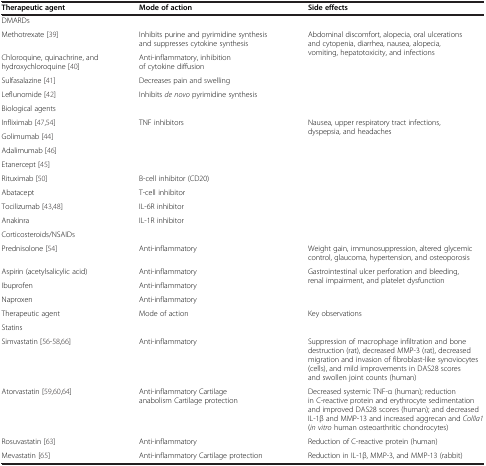
<table><thead><tr><td><b>Therapeutic agent</b></td><td><b>Mode of action</b></td><td><b>Side effects</b></td></tr></thead><tbody><tr><td colspan="3">DMARDs</td></tr><tr><td>Methotrexate [39]</td><td>Inhibits purine and pyrimidine synthesis and suppresses cytokine synthesis</td><td rowspan="4">Abdominal discomfort, alopecia, oral ulcerations and cytopenia, diarrhea, nausea, alopecia, vomiting, hepatotoxicity, and infections</td></tr><tr><td>Chloroquine, quinachrine, and hydroxychloroquine [40]</td><td>Anti-inflammatory, inhibition of cytokine diffusion</td></tr><tr><td>Sulfasalazine [41]</td><td>Decreases pain and swelling</td></tr><tr><td>Leflunomide [42]</td><td>Inhibits <i>de novo</i> pyrimidine synthesis</td></tr><tr><td colspan="3">Biological agents</td></tr><tr><td>Infliximab [47,54]</td><td rowspan="4">TNF inhibitors</td><td rowspan="8">Nausea, upper respiratory tract infections, dyspepsia, and headaches</td></tr><tr><td>Golimumab [44]</td></tr><tr><td>Adalimumab [46]</td></tr><tr><td>Etanercept [45]</td></tr><tr><td>Rituximab [50]</td><td>B-cell inhibitor (CD20)</td></tr><tr><td>Abatacept</td><td>T-cell inhibitor</td></tr><tr><td>Tocilizumab [43,48]</td><td>IL-6R inhibitor</td></tr><tr><td>Anakinra</td><td>IL-1R inhibitor</td></tr><tr><td colspan="3">Corticosteroids/NSAIDs</td></tr><tr><td>Prednisolone [54]</td><td>Anti-inflammatory</td><td>Weight gain, immunosuppression, altered glycemic control, glaucoma, hypertension, and osteoporosis</td></tr><tr><td>Aspirin (acetylsalicylic acid)</td><td>Anti-inflammatory</td><td rowspan="3">Gastrointestinal ulcer perforation and bleeding, renal impairment, and platelet dysfunction</td></tr><tr><td>Ibuprofen</td><td>Anti-inflammatory</td></tr><tr><td>Naproxen</td><td>Anti-inflammatory</td></tr><tr><td>Therapeutic agent</td><td>Mode of action</td><td>Key observations</td></tr><tr><td colspan="3">Statins</td></tr><tr><td>Simvastatin [56-58,66]</td><td>Anti-inflammatory</td><td>Suppression of macrophage infiltration and bone destruction (rat), decreased MMP-3 (rat), decreased migration and invasion of fibroblast-like synoviocytes (cells), and mild improvements in DAS28 scores and swollen joint counts (human)</td></tr><tr><td>Atorvastatin [59,60,64]</td><td>Anti-inflammatory Cartilage anabolism Cartilage protection</td><td>Decreased systemic TNF-α (human); reduction in C-reactive protein and erythrocyte sedimentation and improved DAS28 scores (human); and decreased IL-1β and MMP-13 and increased aggrecan and <i>ColIIa1</i> (<i>in vitro</i> human osteoarthritic chondrocytes)</td></tr><tr><td>Rosuvastatin [63]</td><td>Anti-inflammatory</td><td>Reduction of C-reactive protein (human)</td></tr><tr><td>Mevastatin [65]</td><td>Anti-inflammatory Cartilage protection</td><td>Reduction in IL-1β, MMP-3, and MMP-13 (rabbit)</td></tr></tbody></table>